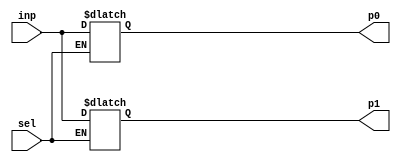
module demux(input wire sel, inp, output reg p0, p1);
    always @ * begin
        if (sel==0)
            p0=inp;
        else
            p1=inp;
    end
endmodule

module dflipflop(input wire clk, inp, reset, output wire out);
    reg dfout;
    always @(posedge clk) begin
        if (reset)
            dfout<=0;
        else
            dfout<=inp;
    end
    assign out=dfout;
endmodule

module siso(input wire clk, sinp, reset, output wire sout);
    wire temp[2:0];
    dflipflop df1(clk, sinp, reset, temp[0]);
    dflipflop df2(clk, temp[0], reset, temp[1]);
    dflipflop df3(clk, temp[1], reset, temp[2]);
    dflipflop df4(clk, temp[2], reset, sout);
endmodule

module sipo(input wire clk, sinp, reset, output wire [3:0]out);
    dflipflop df1(clk, sinp, reset, out[0]);
    dflipflop df2(clk, out[0], reset, out[1]);
    dflipflop df3(clk, out[1], reset, out[2]);
    dflipflop df4(clk, out[2], reset, out[3]);
endmodule

module Sreg(input wire clk, sinp, resetsi, resetpo, choice, output wire [3:0]out, 
output wire sout);
    wire inp1, inp2;
    demux d1(choice, sinp, inp1, inp2);
    siso s1(clk, inp1, resetsi, sout);
    sipo s2(clk, inp2, resetpo, out);
endmodule